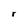
Character: r